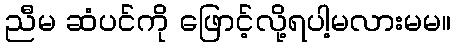
ညီမ ဆံပင်ကို ဖြောင့်လို့ရပါ့မလားမမ။